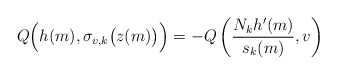
\begin{align*}Q \Bigl( h(m), \sigma_{v,k} \bigl( z(m) \bigr) \Bigr)= - Q \left( \frac{N_k h'(m)}{s_k(m)}, v \right)\end{align*}